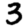
Digit: 3